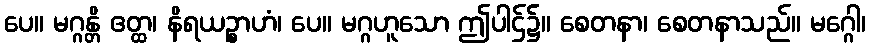
ပေ။ မဂ္ဂန္တိ ဧတ္ထ၊ နိရယဉ္စာဟံ၊ ပေ။ မဂ္ဂဟူသော ဤပါဌ်၌။ စေတနာ၊ စေတနာသည်။ မဂ္ဂေါ၊